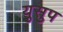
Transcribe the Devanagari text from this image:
युसुप